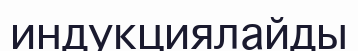
индукциялайды